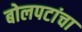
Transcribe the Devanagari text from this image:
बोलपटांचा